Bombay plague: being a history of the progress of plague in the Bombay presidency from September 1896 to June 1899
Year: 1896
Disease focus: Plague
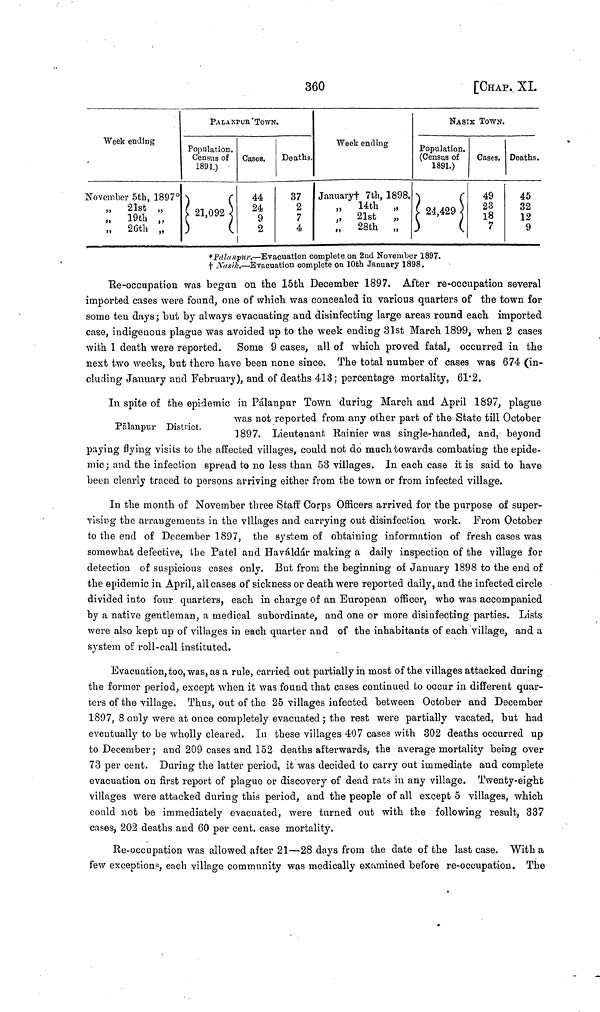
360
[CHAP, XL
Week ending
November 5th, 1897*
„
21st „
„
19th ,,
,, 26th „
PALANPUr TOWN.
Population.
Census of
1891.)
21,092
Cases.
44
24
9
2
Deaths.
37
2
7
4
Week ending
January† 7th, 1898.
„
14th
„
„ 21st
„
„
28th „
NASIK TOWN.
Population.
(Census of
1891.)
24,429
Cases.
49
23
18
7
Deaths.
45
32
12
9
*Palanpur.—Evacuation complete on 2nd November 1897.
† Nasik.—Evacuation complete on 10th January 1898.
Re-occupation was began on the 15th December 1897. After re-occupation several
imported cases were found, one of which was concealed in various quarters of the town for
some ten days ; but by always evacuating and disinfecting large areas round each imported
case, indigenous plague was avoided up to the week ending 81st March 1899, when 2 cases
with 1 death were reported. Some 9 cases, all of which proved fatal, occurred in the
next two weeks, but there have been none since. The total number of cases was 674 (in-
cluding January and February), and of deaths 413 ; percentage mortality, 61·2.
Palanpur District.
In spite of the epidemic in Pálanpur Town during March and April 1897, plague
was not reported from any other part of the State till October
1897.
Lieutenant Rainier was single-handed, and, beyond
paying flying visits to the affected villages, could not do much towards combating the epide-
mic; and the infection spread to no less than 53 villages. In each case it is said to have
been clearly traced to persons arriving either from the town or from infected village.
In the month of November three Staff Corps Officers arrived for the purpose of super-
vising the arrangements in the villages and carrying out disinfection work. From October
to the end of December 1897, the system of obtaining information of fresh cases was
somewhat defective, the Patel and Haváldár making a daily inspection of the village for
detection of suspicious cases only. But from the beginning of January 1898 to the end of
the epidemic in April, all cases of sickness or death were reported daily, and the infected circle
divided into four quarters, each in charge of an European officer, who was accompanied
by a native gentleman, a medical subordinate, and one or more disinfecting parties. Lists
were also kept up of villages in each quarter and of the inhabitants of each village, and a
system of roll-call instituted.
Evacuation, too, was, as a rule, carried out partially in most of the villages attacked during
the former period, except when it was found that cases continued to occur in different quar-
ters of the village. Thus, out of the 25 villages infected between October and December
1897, 8 only were at once completely evacuated ; the rest were partially vacated, but had
eventually to be wholly cleared. In these villages 407 cases with 302 deaths occurred up
to December ; and 209 cases and 152 deaths afterwards, the average mortality being over
73 per cent. During the latter period, it was decided to carry out immediate and complete
evacuation on first report of plague or discovery of dead rats in any village. Twenty-eight
villages were attacked during this period, and the people of all except 5 villages, which
could not be immediately evacuated, were turned out with the following result, 337
cases, 202 deaths and 60 per cent. case mortality.
Re-occupation was allowed after 21—28 days from the date of the last case. With a
few exceptions, each village community was medically examined before re-occupation. The